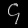
Digit: ၄